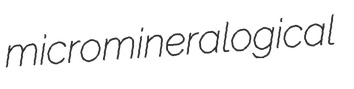
micromineralogical